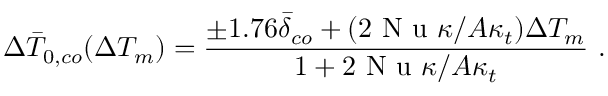
\Delta \bar { T } _ { 0 , c o } ( \Delta T _ { m } ) = \frac { \pm 1 . 7 6 \bar { \delta } _ { c o } + ( 2 \mathrm { ~ N ~ u ~ } \kappa / A \kappa _ { t } ) \Delta T _ { m } } { 1 + 2 \mathrm { ~ N ~ u ~ } \kappa / A \kappa _ { t } } \ .